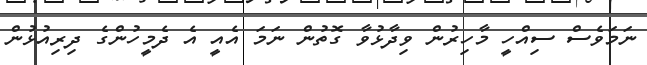
ނަމަވެސް ސިއްހީ މާހިރުން ވިދާޅުވާ ގޮތުން ނަމަ އެއީ އެ ދެމީހުންގެ ދިރިއުޅުން